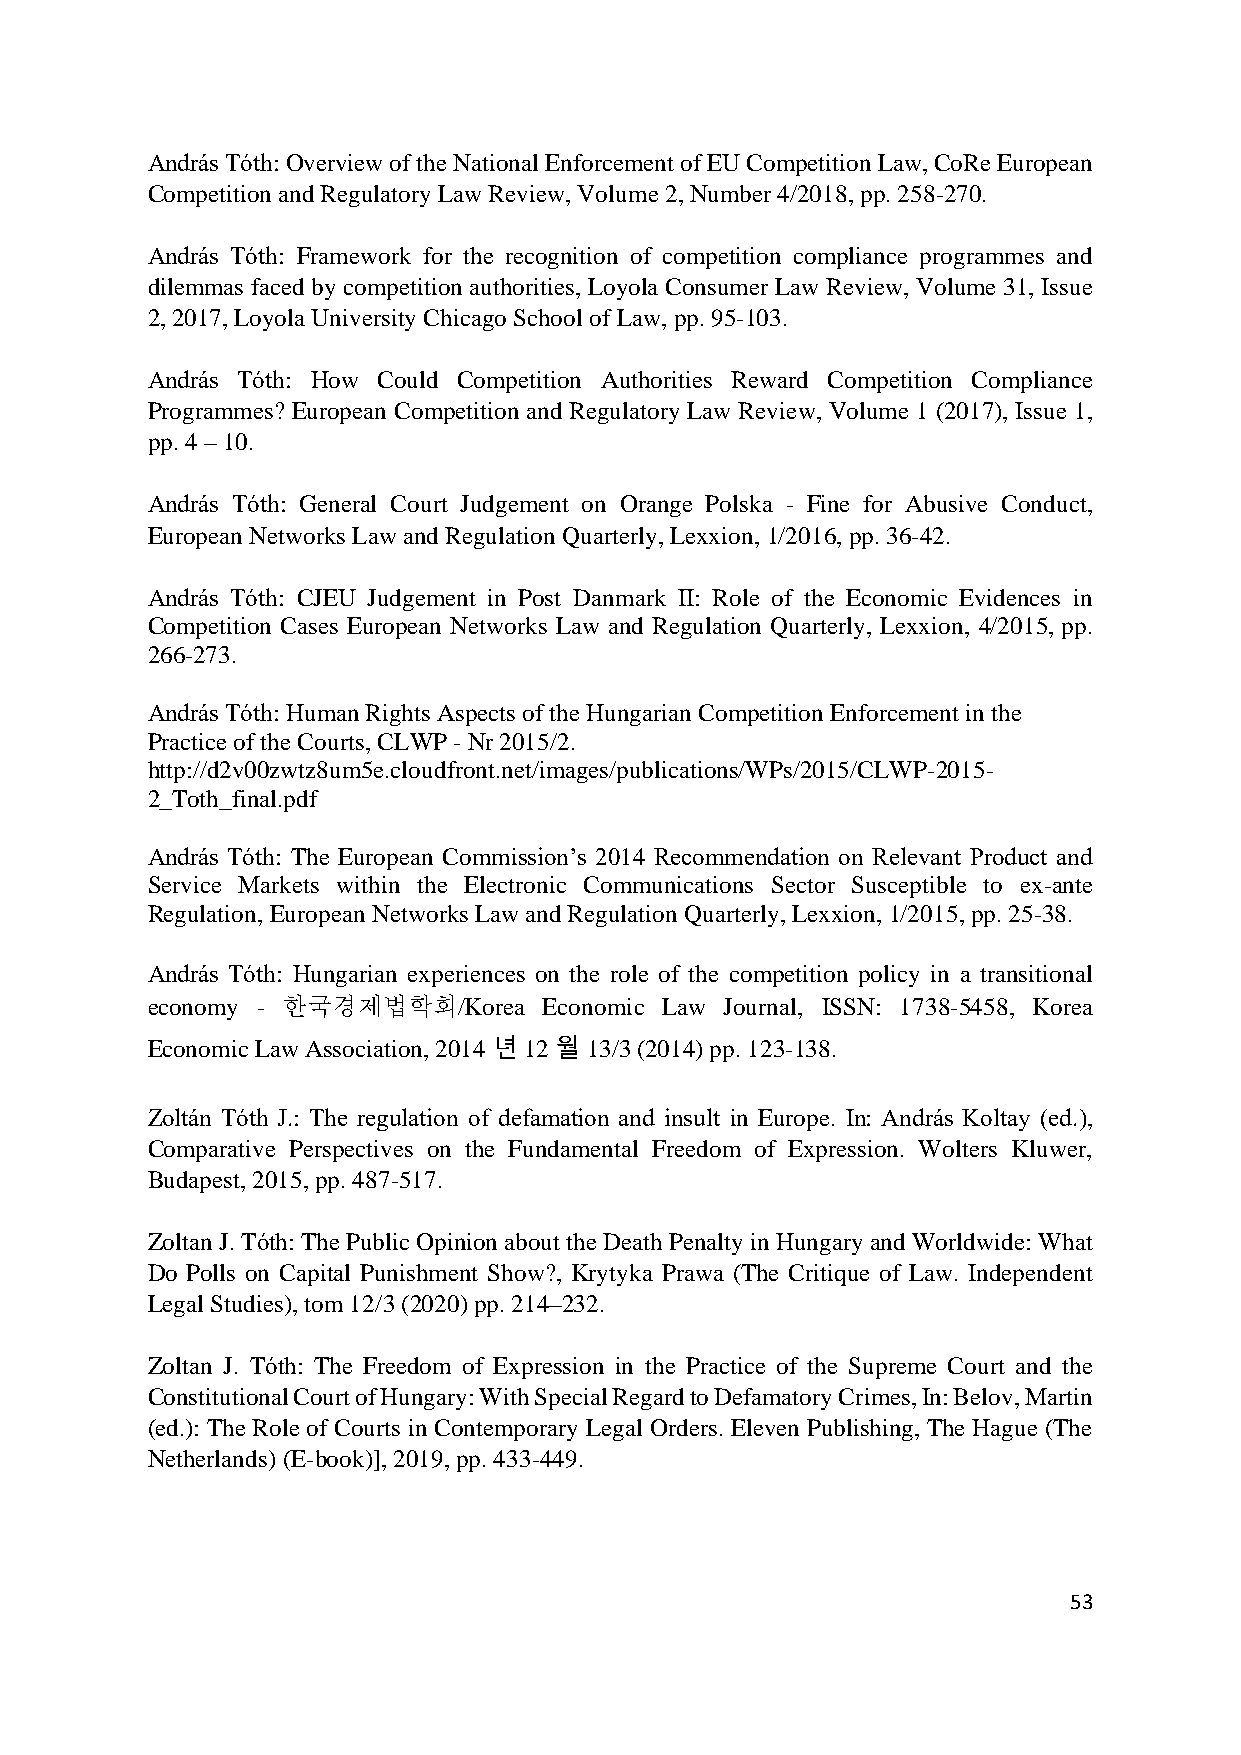
András Tóth: Overview of the National Enforcement of EU Competition Law, CoRe European
 Competition and Regulatory Law Review, Volume 2, Number 4/2018, pp. 258-270.
 András Tóth: Framework for the recognition of competition compliance programmes and
 dilemmas faced by competition authorities, Loyola Consumer Law Review, Volume 31, Issue
 2, 2017, Loyola University Chicago School of Law, pp. 95-103.
 András Tóth: How Could Competition Authorities Reward Competition Compliance
 Programmes? European Competition and Regulatory Law Review, Volume 1 (2017), Issue 1,
 pp. 4 – 10.
 András Tóth: General Court Judgement on Orange Polska - Fine for Abusive Conduct,
 European Networks Law and Regulation Quarterly, Lexxion, 1/2016, pp. 36-42.
 András Tóth: CJEU Judgement in Post Danmark II: Role of the Economic Evidences in
 Competition Cases European Networks Law and Regulation Quarterly, Lexxion, 4/2015, pp.
 266-273.
 András Tóth: Human Rights Aspects of the Hungarian Competition Enforcement in the
 Practice of the Courts, CLWP - Nr 2015/2.
 http://d2v00zwtz8um5e.cloudfront.net/images/publications/WPs/2015/CLWP-2015-
 2_Toth_final.pdf
 András Tóth: The European Commission’s 2014 Recommendation on Relevant Product and
 Service Markets within the Electronic Communications Sector Susceptible to ex-ante
 Regulation, European Networks Law and Regulation Quarterly, Lexxion, 1/2015, pp. 25-38.
 András Tóth: Hungarian experiences on the role of the competition policy in a transitional
 economy - 한국경제법학회/Korea   Economic Law Journal, ISSN: 1738-5458, Korea
 Economic Law Association, 2014 년 12 월 13/3 (2014) pp. 123-138.
 Zoltán Tóth J.: The regulation of defamation and insult in Europe. In: András Koltay (ed.),
 Comparative Perspectives on the Fundamental Freedom of Expression. Wolters Kluwer,
 Budapest, 2015, pp. 487-517.
 Zoltan J. Tóth: The Public Opinion about the Death Penalty in Hungary and Worldwide: What
 Do Polls on Capital Punishment Show?, Krytyka Prawa (The Critique of Law. Independent
 Legal Studies), tom 12/3 (2020) pp. 214–232.
 Zoltan J. Tóth: The Freedom of Expression in the Practice of the Supreme Court and the
 Constitutional Court of Hungary: With Special Regard to Defamatory Crimes, In: Belov, Martin
 (ed.): The Role of Courts in Contemporary Legal Orders. Eleven Publishing, The Hague (The
 Netherlands) (E-book)], 2019, pp. 433-449.
 53